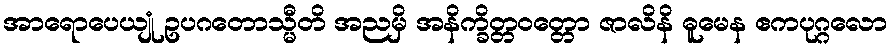
အာရောပေယျုံ ဥပဂတောသ္မီတိ အညမှိ အနိက္ခိတ္တဝတ္တော ဇာလိနိ ဓူမေန ဧကပုဂ္ဂလော